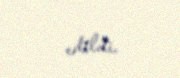
edildi.